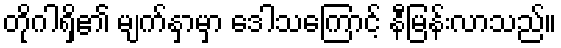
တိုဂါရှိ၏ မျက်နှာမှာ ဒေါသကြောင့် နီမြန်းလာသည်။